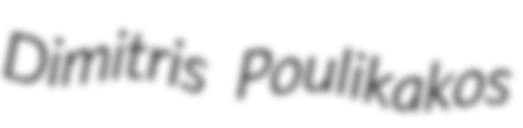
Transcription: Dimitris Poulikakos